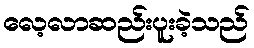
လေ့လာဆည်းပူးခဲ့သည်